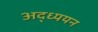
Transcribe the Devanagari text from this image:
अद्ध्ययन